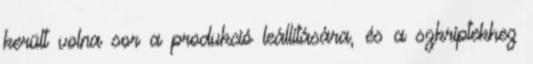
került volna sor a produkció leállítására, és a szkriptekhez